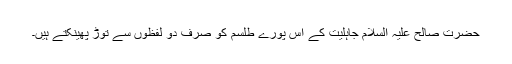
حضرت صالح علیہ السلام جاہلیت کے اس پورے طلسم کو صرف دو لفظوں سے توڑ پھینکتے ہیں۔